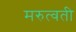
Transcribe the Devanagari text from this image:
मरुत्वती